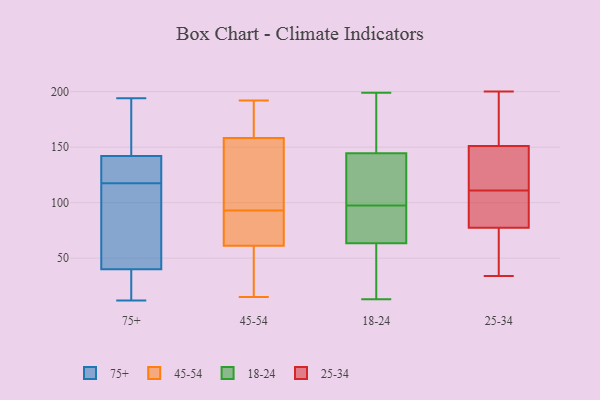
{"axis": {"x": "Headcount", "y": "Value"}, "legend": ["18-24", "25-34", "45-54", "75+"], "data": [{"x": "", "y": 25, "type": "75+"}, {"x": "", "y": 179, "type": "75+"}, {"x": "", "y": 180, "type": "75+"}, {"x": "", "y": 108, "type": "75+"}, {"x": "", "y": 31, "type": "75+"}, {"x": "", "y": 142, "type": "75+"}, {"x": "", "y": 12, "type": "75+"}, {"x": "", "y": 105, "type": "75+"}, {"x": "", "y": 113, "type": "75+"}, {"x": "", "y": 12, "type": "75+"}, {"x": "", "y": 40, "type": "75+"}, {"x": "", "y": 123, "type": "75+"}, {"x": "", "y": 131, "type": "75+"}, {"x": "", "y": 194, "type": "75+"}, {"x": "", "y": 122, "type": "75+"}, {"x": "", "y": 156, "type": "75+"}, {"x": "", "y": 128, "type": "75+"}, {"x": "", "y": 72, "type": "75+"}, {"x": "", "y": 46, "type": "45-54"}, {"x": "", "y": 22, "type": "45-54"}, {"x": "", "y": 192, "type": "45-54"}, {"x": "", "y": 15, "type": "45-54"}, {"x": "", "y": 85, "type": "45-54"}, {"x": "", "y": 169, "type": "45-54"}, {"x": "", "y": 85, "type": "45-54"}, {"x": "", "y": 126, "type": "45-54"}, {"x": "", "y": 91, "type": "45-54"}, {"x": "", "y": 178, "type": "45-54"}, {"x": "", "y": 186, "type": "45-54"}, {"x": "", "y": 93, "type": "45-54"}, {"x": "", "y": 116, "type": "45-54"}, {"x": "", "y": 185, "type": "45-54"}, {"x": "", "y": 74, "type": "45-54"}, {"x": "", "y": 55, "type": "45-54"}, {"x": "", "y": 102, "type": "45-54"}, {"x": "", "y": 57, "type": "45-54"}, {"x": "", "y": 100, "type": "45-54"}, {"x": "", "y": 137, "type": "18-24"}, {"x": "", "y": 199, "type": "18-24"}, {"x": "", "y": 107, "type": "18-24"}, {"x": "", "y": 141, "type": "18-24"}, {"x": "", "y": 149, "type": "18-24"}, {"x": "", "y": 148, "type": "18-24"}, {"x": "", "y": 65, "type": "18-24"}, {"x": "", "y": 15, "type": "18-24"}, {"x": "", "y": 13, "type": "18-24"}, {"x": "", "y": 171, "type": "18-24"}, {"x": "", "y": 36, "type": "18-24"}, {"x": "", "y": 22, "type": "18-24"}, {"x": "", "y": 62, "type": "18-24"}, {"x": "", "y": 197, "type": "18-24"}, {"x": "", "y": 88, "type": "18-24"}, {"x": "", "y": 112, "type": "18-24"}, {"x": "", "y": 68, "type": "18-24"}, {"x": "", "y": 138, "type": "18-24"}, {"x": "", "y": 77, "type": "18-24"}, {"x": "", "y": 66, "type": "18-24"}, {"x": "", "y": 76, "type": "25-34"}, {"x": "", "y": 200, "type": "25-34"}, {"x": "", "y": 34, "type": "25-34"}, {"x": "", "y": 151, "type": "25-34"}, {"x": "", "y": 78, "type": "25-34"}, {"x": "", "y": 113, "type": "25-34"}, {"x": "", "y": 134, "type": "25-34"}, {"x": "", "y": 94, "type": "25-34"}, {"x": "", "y": 104, "type": "25-34"}, {"x": "", "y": 103, "type": "25-34"}, {"x": "", "y": 50, "type": "25-34"}, {"x": "", "y": 141, "type": "25-34"}, {"x": "", "y": 151, "type": "25-34"}, {"x": "", "y": 159, "type": "25-34"}, {"x": "", "y": 111, "type": "25-34"}, {"x": "", "y": 197, "type": "25-34"}, {"x": "", "y": 64, "type": "25-34"}]}